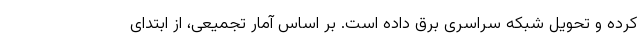
کرده و تحویل شبکه سراسری برق داده است. بر اساس آمار تجمیعی، از ابتدای